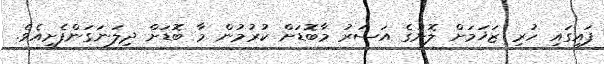
ފައިގައި ހުރި ޒަޚަމަށް ލޮނުގެ އަަސަރު މާބޮޑަށް ކުރުމުން މާ ބޮޑަށް ދިލަނަގަންފެށީއެވެ.